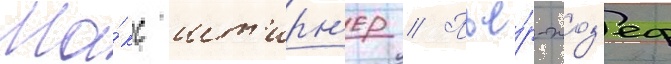
Ма́кс шт'ирн'ер // Пье́р-жоз'еф